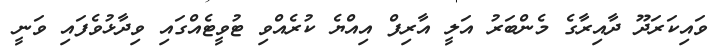
ވައިކަރަދޫ ދާއިރާގެ މެންބަރު އަލީ އާރިފް އިއްޔެ ކުރެއްވި ޓުވީޓެއްގައި ވިދާޅުވެފައި ވަނީ